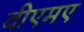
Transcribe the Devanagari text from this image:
वीएमए